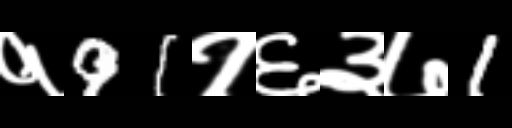
Text: १91१६३७1